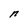
Character: n